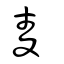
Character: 夌